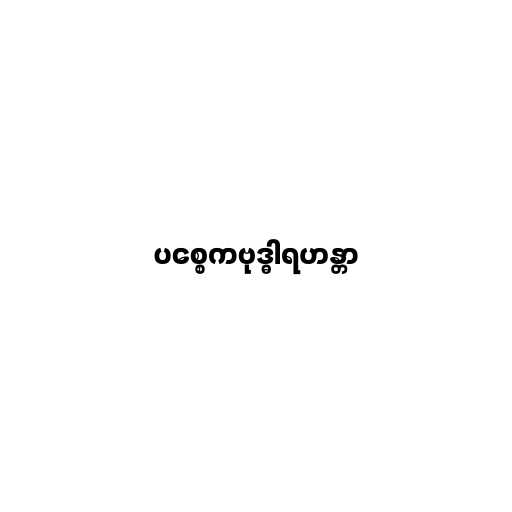
ပစ္စေကဗုဒ္ဓါရဟန္တာ